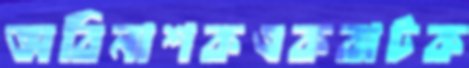
অবিনাশকএকঝটক